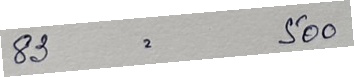
83 = 500